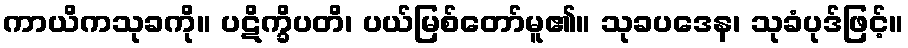
ကာယိကသုခကို။ ပဋိက္ခိပတိ၊ ပယ်မြစ်တော်မူ၏။ သုခပဒေန၊ သုခံပုဒ်ဖြင့်။